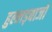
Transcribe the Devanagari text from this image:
हुल्लड़बाजों